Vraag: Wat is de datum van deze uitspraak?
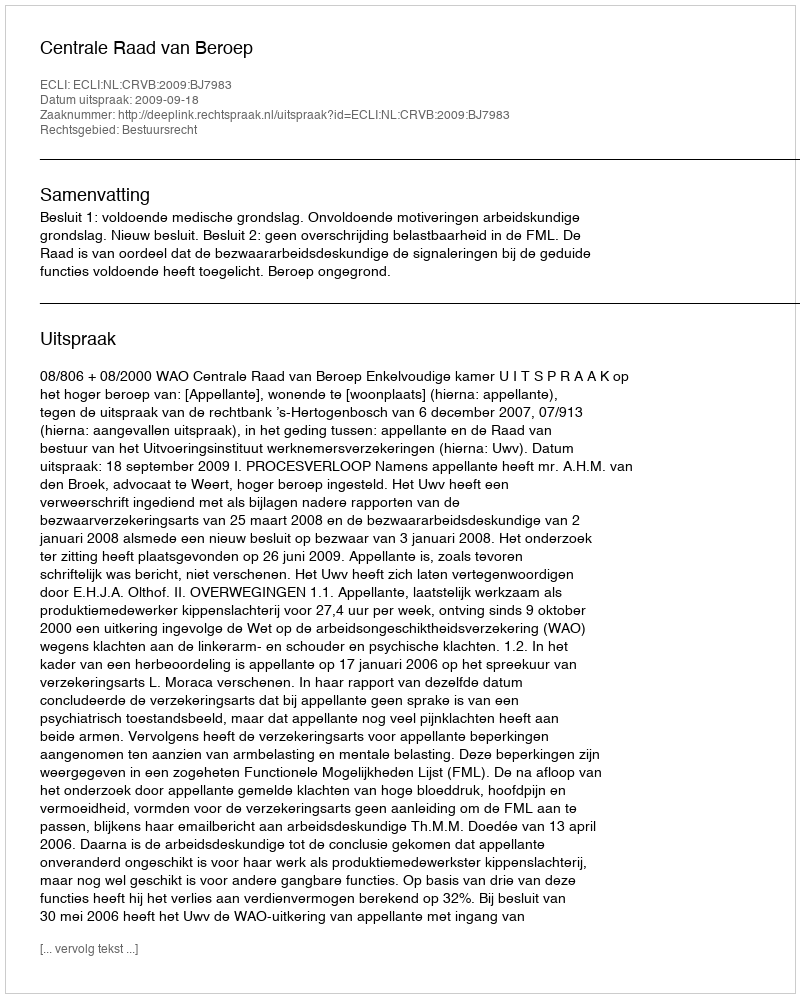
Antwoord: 2009-09-18